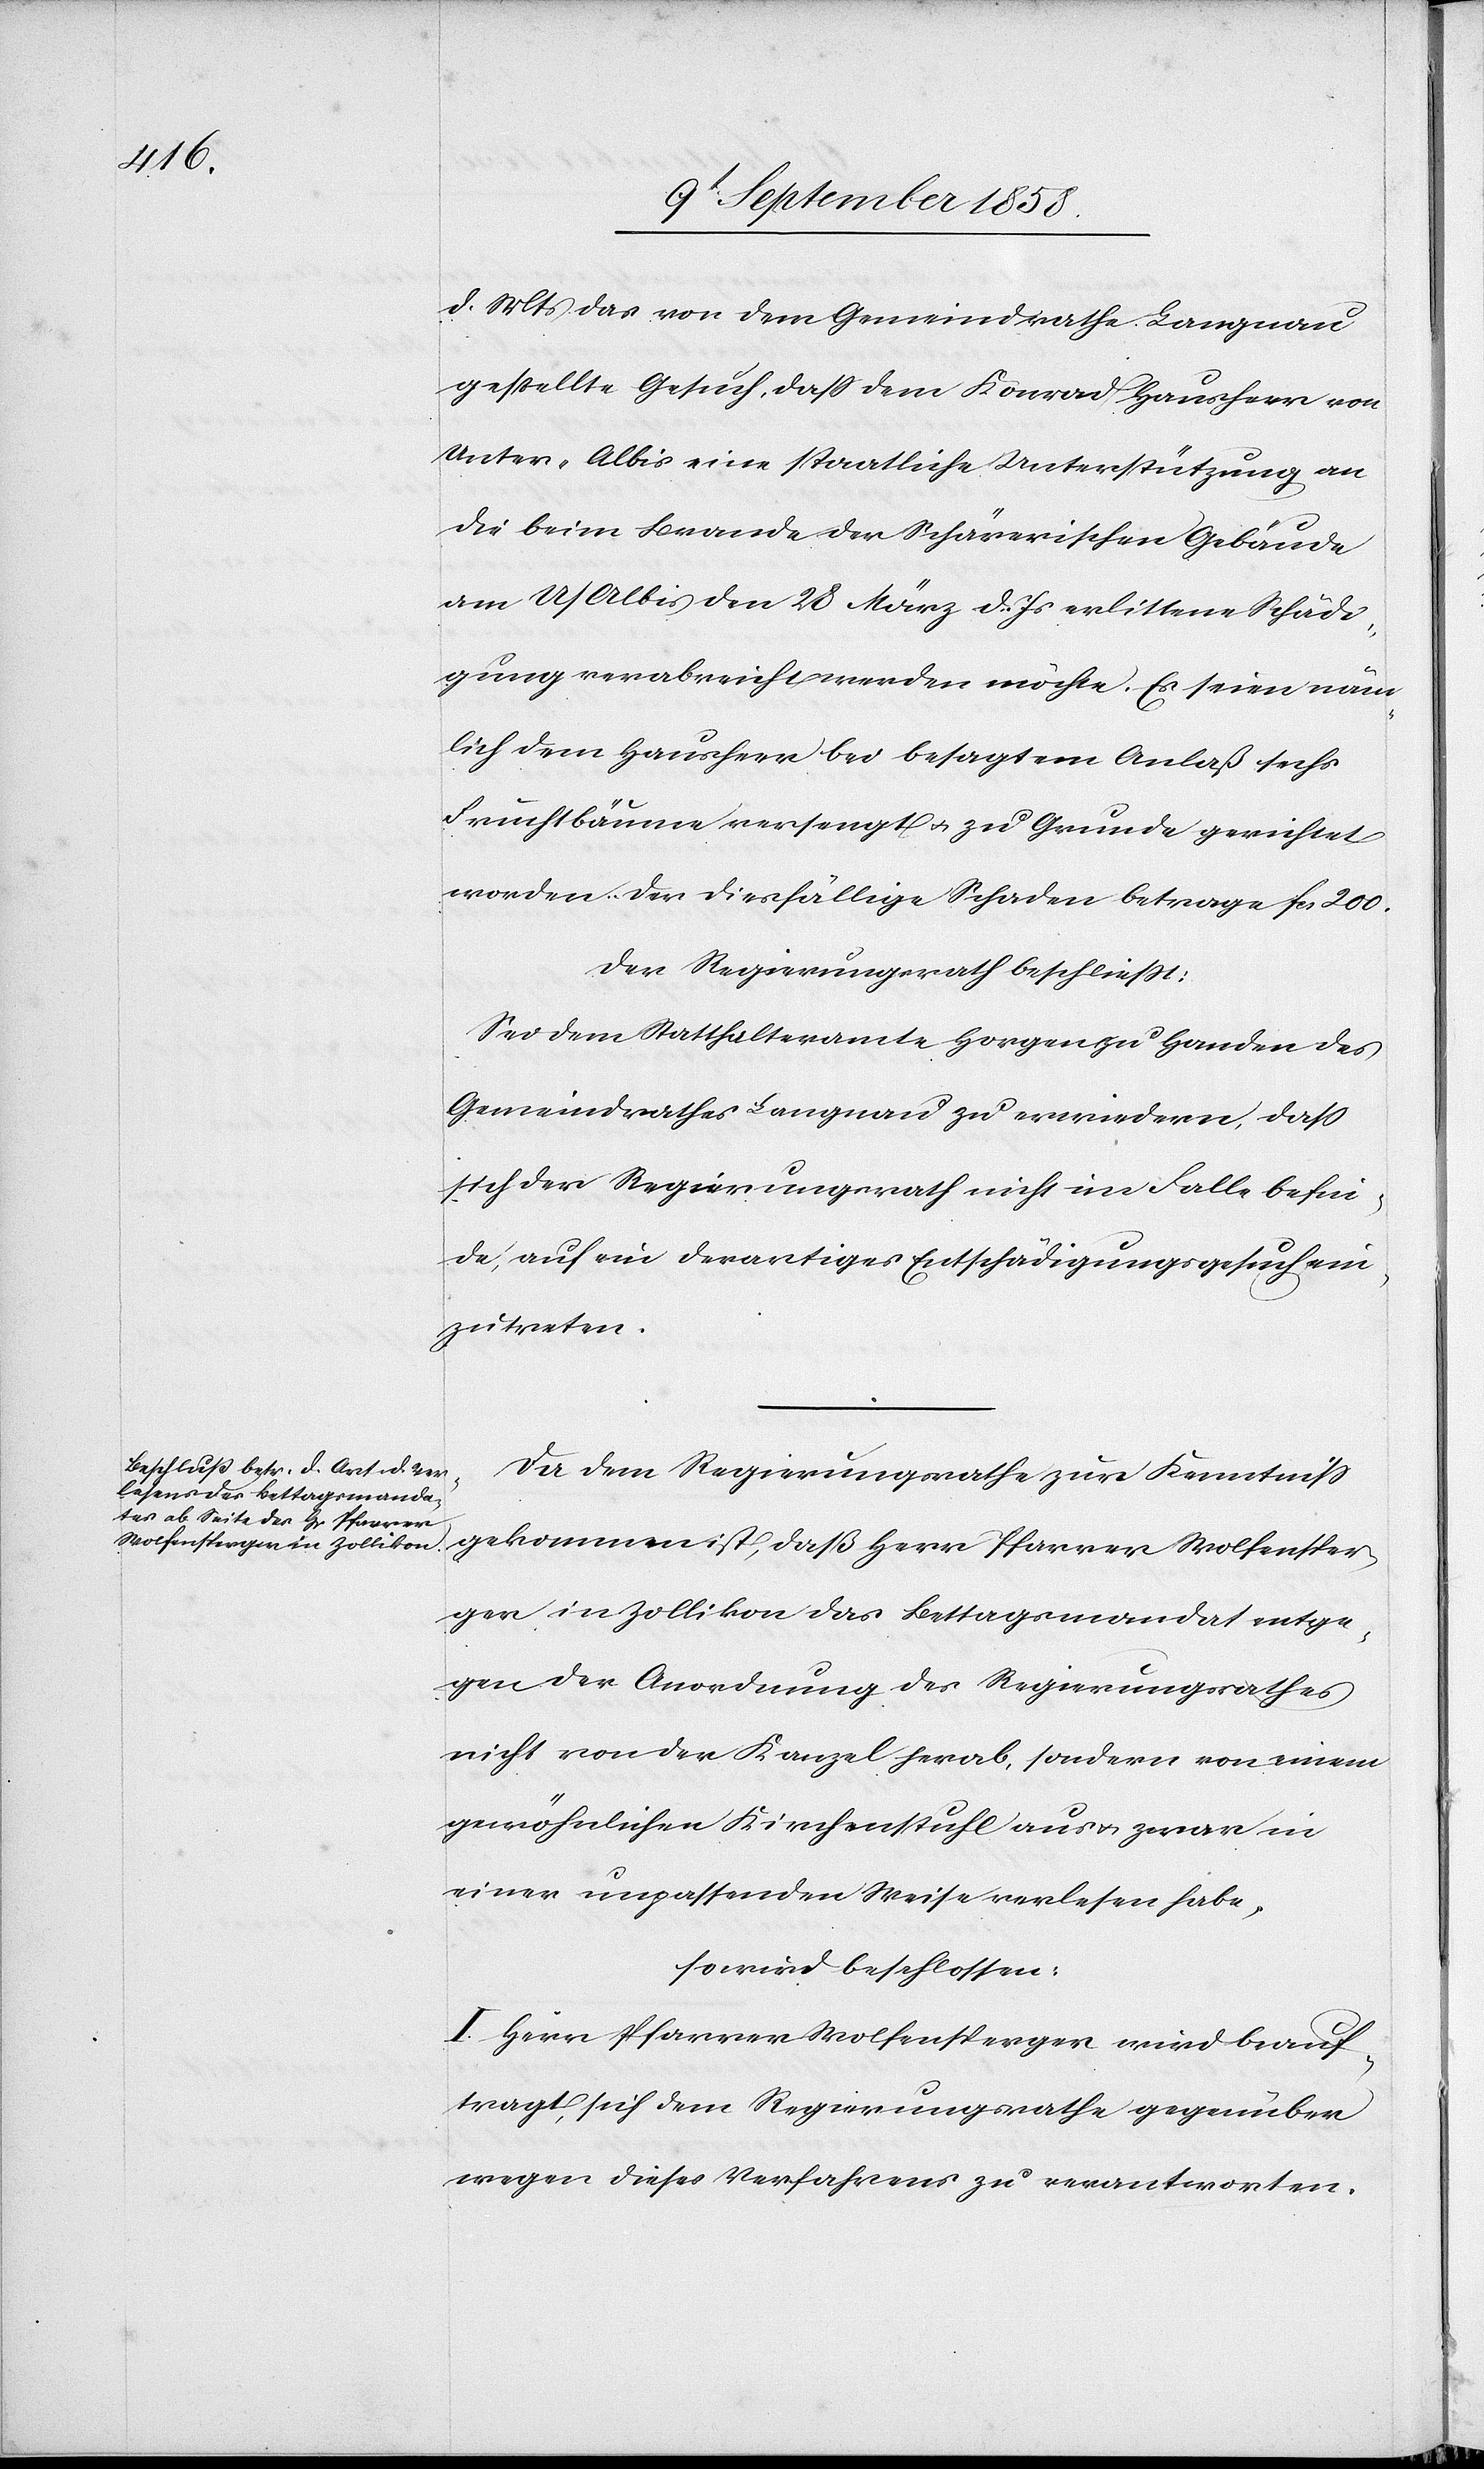
d. Mts das von dem Gemeindrathe Langnau
gestellte Gesuch, dass dem Konrad Hausheer von
Unter-Albis eine staatliche Unterstützung an
die beim Brande der Schärerischen Gebäude
am U/Albis den 28 März d. Js erlittene Schädi¬
gung verabreicht werden möchte. Es seien näm¬
lich dem Hausheer bei besagtem Anlaß sechs
Fruchtbäume versengt & zu Grunde gerichtet
worden. Der diesfällige Schaden betrage fcs. 200.
Der Regierungsrath beschliesst:
Sei dem Statthalteramte Horgen zu Handen des
Gemeindrathes Langnau zu erwiedern, dass
sich der Regierungsrath nicht im Falle befin¬
de, auf ein derartiges Entschädigungsgesuch ein¬
zutreten.
Da dem Regierungsrathe zur Kenntniss
gekommen ist, daß Herr Pfarrer Wolfensper¬
ger in Zollikon das Bettagsmandat entge¬
gen der Anordnung des Regierungsrathes
nicht von der Kanzel herab, sondern von einem
gewöhnlichen Kirchenstuhl aus & zwar in
einer unpassenden Weise verlesen habe,
so wird beschlossen:
I. Herr Pfarrer Wolfensperger wird beauf¬
tragt, sich dem Regierungsrathe gegenüber
wegen dieses Verfahrens zu verantworten.